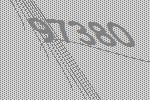
97380